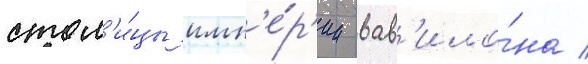
стол'и́цы имп'е́р'ии вав'ило́на /